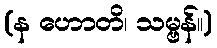
(န ဟောတိ၊ သမ္ဗန်။)